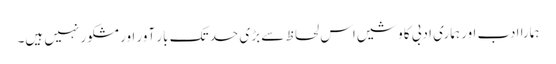
ہمارا ادب اور ہماری ادبی کاوشیں اس لحاظ سے بڑی حد تک بار آور اور مشکور نہیں ہیں۔